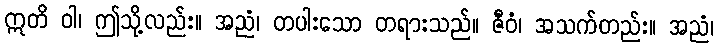
ဣတိ ဝါ၊ ဤသို့လည်း။ အညံ၊ တပါးသော တရားသည်။ ဇီဝံ၊ အသက်တည်း။ အညံ၊